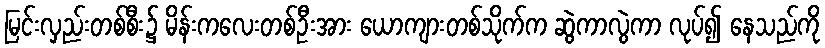
မြင်းလှည်းတစ်စီး၌ မိန်းကလေးတစ်ဦးအား ယောကျားတစ်သိုက်က ဆွဲကာလွဲကာ လုပ်၍ နေသည်ကို